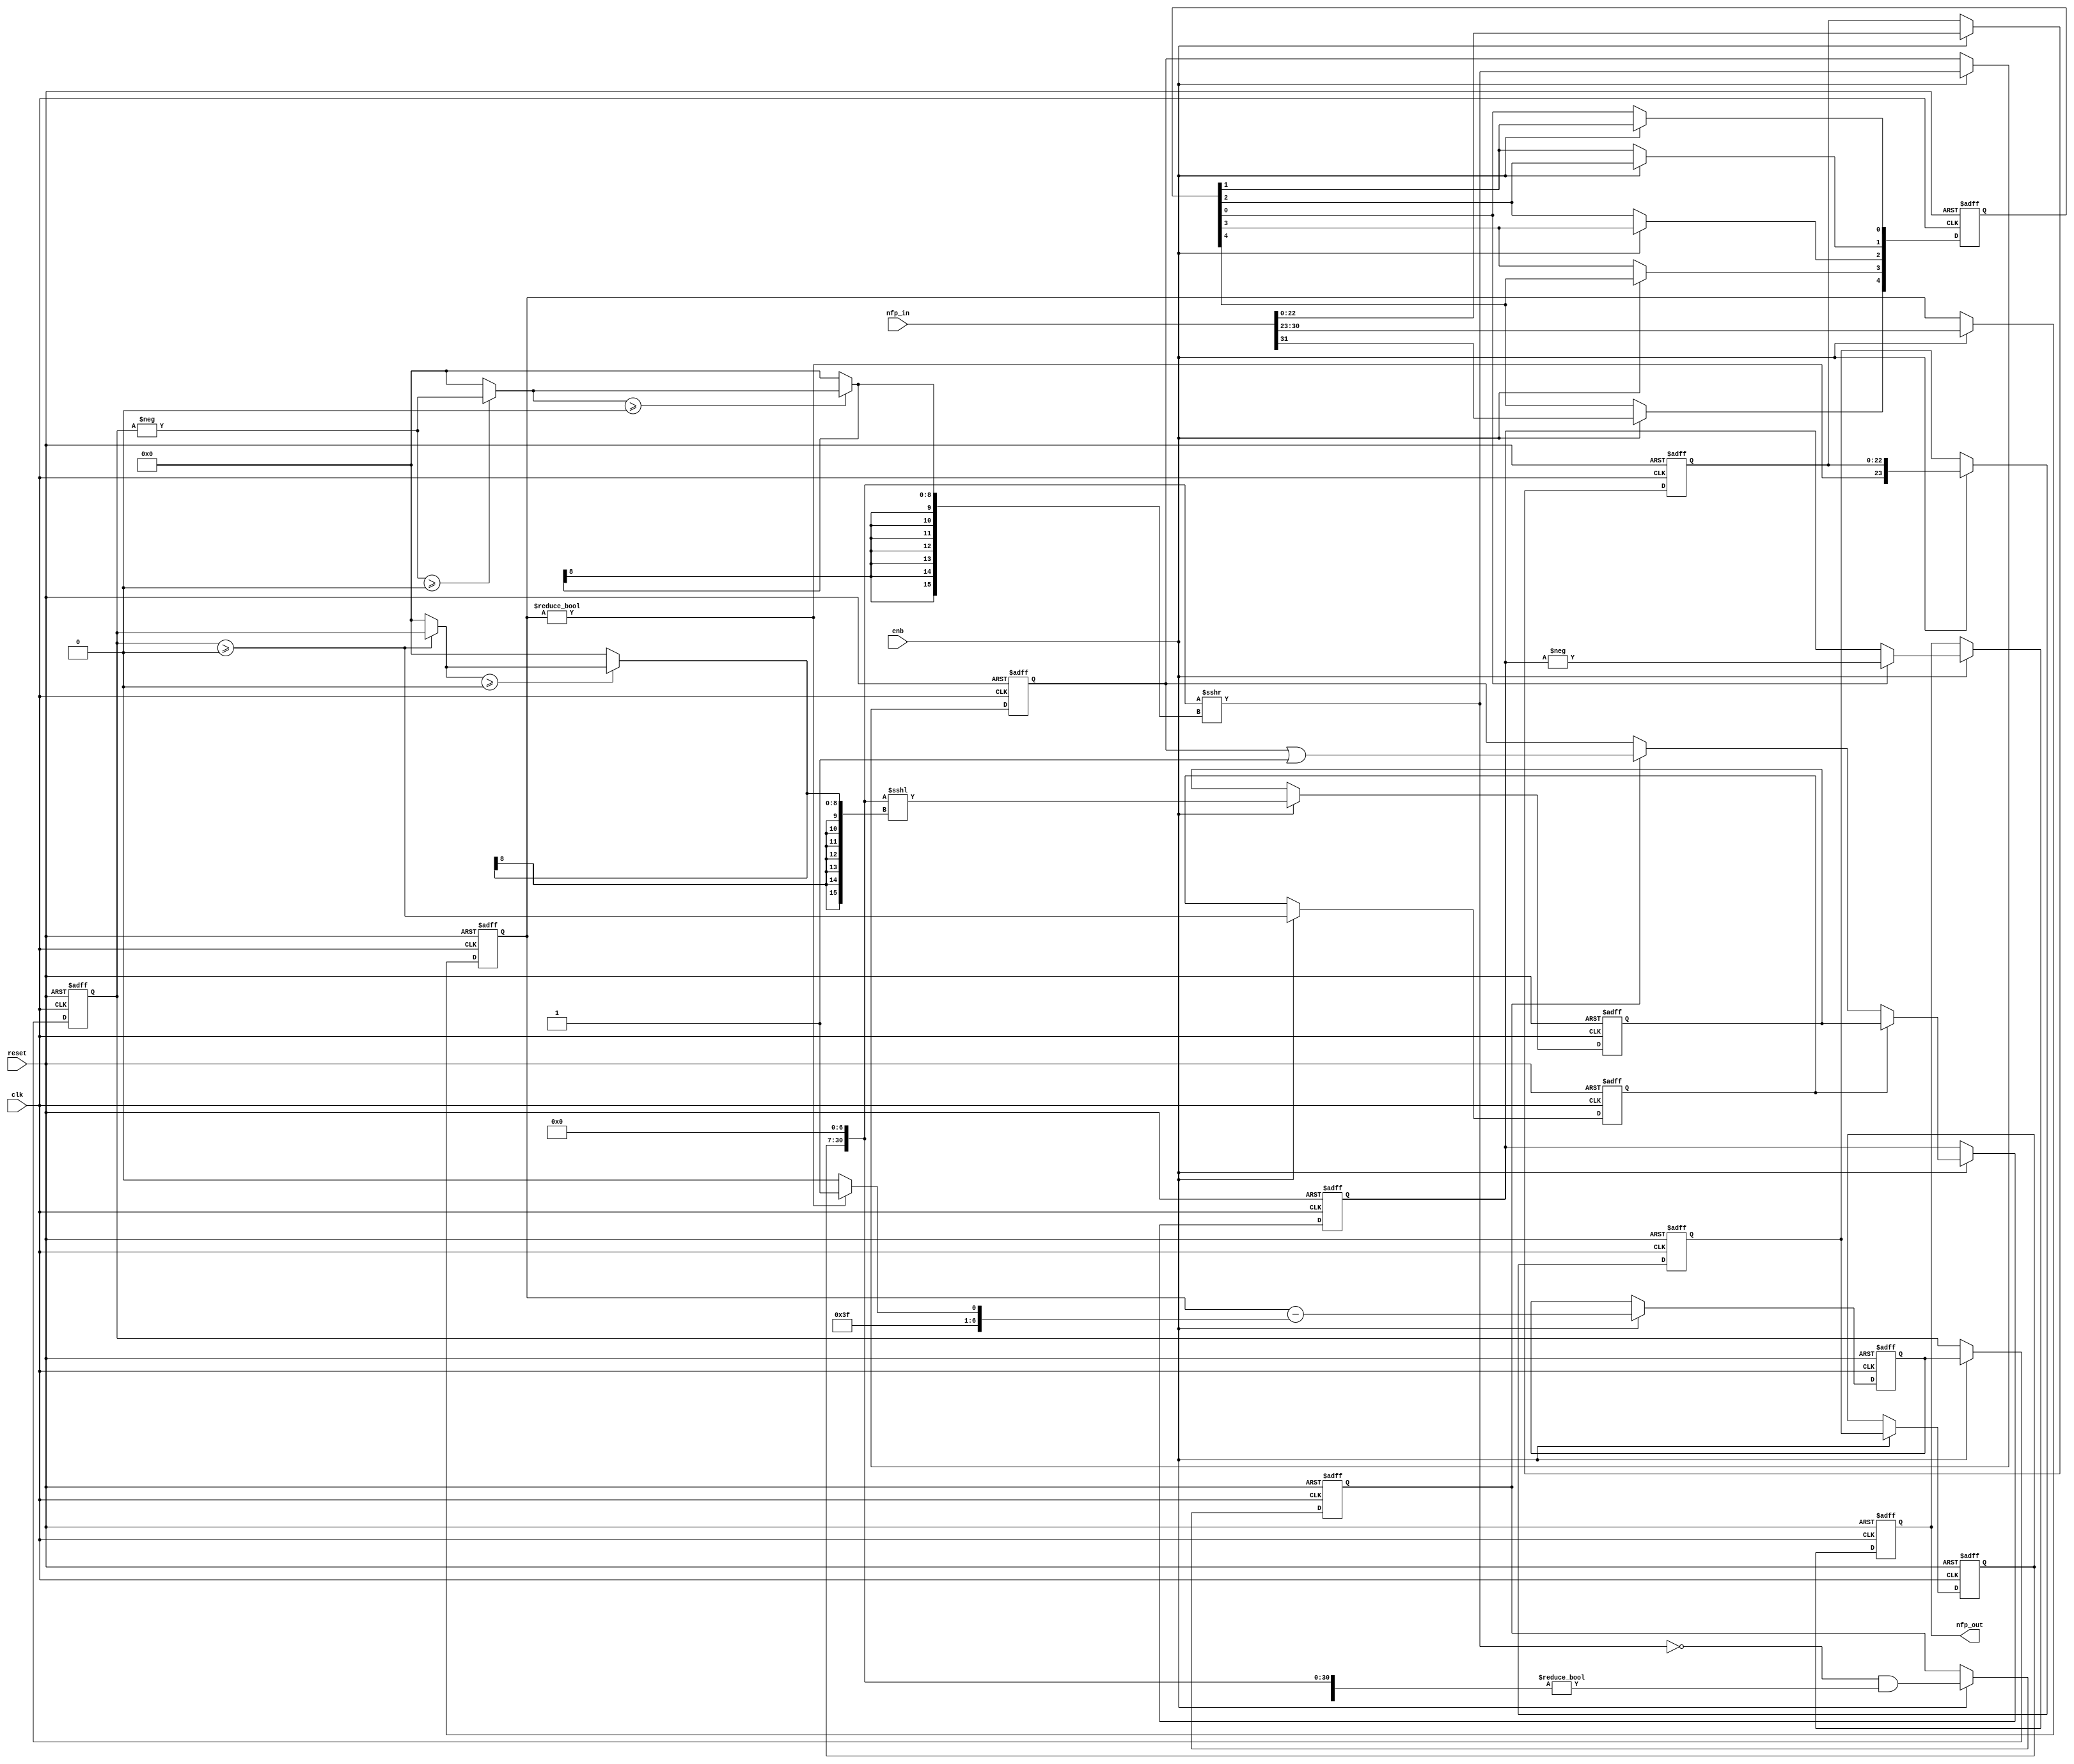
// -------------------------------------------------------------
// 
// 
// Generated by MATLAB 9.13 and HDL Coder 4.0
// 
// -------------------------------------------------------------


// -------------------------------------------------------------
// 
// Module: nfp_convert_single_to_fix_32_En30
// Source Path: BlobAnalysisHDL/BlobDetector/CCA_Algorithm/cca/accum_to_pos/nfp_convert_single_to_fix_32_En30
// Hierarchy Level: 4
// 
// {Latency Strategy = "Max"}
// 
// {Rounding Mode = Floor}
// {Overflow Mode = Wrap}
// 
// -------------------------------------------------------------

`timescale 1 ns / 1 ns

module nfp_convert_single_to_fix_32_En30
          (clk,
           reset,
           enb,
           nfp_in,
           nfp_out);


  input   clk;
  input   reset;
  input   enb;
  input   [31:0] nfp_in;  // ufix32
  output  [31:0] nfp_out;  // ufix32_En30


  wire In1;  // ufix1
  wire [7:0] In2;  // ufix8
  wire [22:0] In3;  // ufix23
  reg  [0:4] Delay10_reg;  // ufix1 [5]
  wire [0:4] Delay10_reg_next;  // ufix1 [5]
  wire Delay10_out1;
  reg [7:0] Delay3_out1;  // uint8
  wire Compare_To_Zero1_out1;
  wire [7:0] Constant3_out1;  // uint8
  wire [7:0] Constant2_out1;  // uint8
  wire [7:0] Switch2_out1;  // uint8
  wire signed [8:0] Add_1;  // sfix9
  wire signed [8:0] Add_2;  // sfix9
  wire signed [8:0] alphave;  // sfix9
  reg signed [8:0] Delay1_reg [0:1];  // sfix9 [2]
  wire signed [8:0] Delay1_reg_next [0:1];  // sfix9 [2]
  wire signed [8:0] Delay1_out1;  // sfix9
  wire equality;
  reg  Delay5_out1;
  wire Compare_To_Zero_out1;
  reg [22:0] Delay4_out1;  // ufix23
  wire [23:0] Bit_Concat_out1;  // ufix24
  wire [23:0] Data_Type_Conversion1_out1;  // ufix24_En23
  reg [23:0] Delay2_reg [0:1];  // ufix24 [2]
  wire [23:0] Delay2_reg_next [0:1];  // ufix24_En23 [2]
  wire [23:0] Delay2_out1;  // ufix24_En23
  wire [31:0] Data_Type_Conversion_out1;  // ufix32_En30
  wire signed [9:0] Unary_Minus_in0;  // sfix10
  wire signed [9:0] Unary_Minus_1;  // sfix10
  wire signed [8:0] alphave_1;  // sfix9
  wire signed [8:0] shift_arithmetic1_zerosig;  // sfix9
  wire signed [8:0] shift_arithmetic1_selsig;  // sfix9
  wire signed [8:0] dynamic_shift_zerosig;  // sfix9
  wire signed [8:0] dynamic_shift_selsig;  // sfix9
  wire signed [15:0] dynamic_shift_cast;  // int16
  wire [31:0] Shift_Arithmetic1_out1;  // ufix32_En30
  wire Compare_To_Zero1_out1_1;
  wire Compare_To_Zero_out1_1;
  wire Logical_Operator_out1;
  reg  Delay3_out1_1;
  reg [31:0] Delay4_out1_1;  // ufix32_En30
  wire [31:0] Bit_Set_out1;  // ufix32_En30
  wire [31:0] Switch2_out1_1;  // ufix32_En30
  wire signed [8:0] shift_arithmetic2_zerosig;  // sfix9
  wire signed [8:0] shift_arithmetic2_selsig;  // sfix9
  wire [31:0] Data_Type_Conversion1_out1_1;  // ufix32_En30
  wire signed [8:0] dynamic_shift_zerosig_1;  // sfix9
  wire signed [8:0] dynamic_shift_selsig_1;  // sfix9
  wire signed [15:0] dynamic_shift_cast_1;  // int16
  wire [31:0] Shift_Arithmetic2_out1;  // ufix32_En30
  reg [31:0] Delay6_out1;  // ufix32_En30
  wire [31:0] Switch1_out1;  // ufix32_En30
  reg [31:0] Delay9_out1;  // ufix32_En30
  wire signed [32:0] Data_Type_Conversion1_out1_2;  // sfix33_En30
  wire signed [33:0] Unary_Minus_cast;  // sfix34_En30
  wire signed [33:0] Unary_Minus_cast_1;  // sfix34_En30
  wire signed [32:0] Unary_Minus_out1;  // sfix33_En30
  wire signed [32:0] Switch1_out1_1;  // sfix33_En30
  wire [31:0] Data_Type_Conversion2_out1;  // ufix32_En30
  reg [31:0] Delay8_out1;  // ufix32_En30


  // Split 32 bit word into FP sign, exponent, mantissa
  assign In1 = nfp_in[31];
  assign In2 = nfp_in[30:23];
  assign In3 = nfp_in[22:0];



  always @(posedge clk or posedge reset)
    begin : Delay10_process
      if (reset == 1'b1) begin
        Delay10_reg[0] <= 1'b0;
        Delay10_reg[1] <= 1'b0;
        Delay10_reg[2] <= 1'b0;
        Delay10_reg[3] <= 1'b0;
        Delay10_reg[4] <= 1'b0;
      end
      else begin
        if (enb) begin
          Delay10_reg[0] <= Delay10_reg_next[0];
          Delay10_reg[1] <= Delay10_reg_next[1];
          Delay10_reg[2] <= Delay10_reg_next[2];
          Delay10_reg[3] <= Delay10_reg_next[3];
          Delay10_reg[4] <= Delay10_reg_next[4];
        end
      end
    end

  assign Delay10_out1 = Delay10_reg[4];
  assign Delay10_reg_next[0] = In1;
  assign Delay10_reg_next[1] = Delay10_reg[0];
  assign Delay10_reg_next[2] = Delay10_reg[1];
  assign Delay10_reg_next[3] = Delay10_reg[2];
  assign Delay10_reg_next[4] = Delay10_reg[3];



  always @(posedge clk or posedge reset)
    begin : Delay3_process
      if (reset == 1'b1) begin
        Delay3_out1 <= 8'b00000000;
      end
      else begin
        if (enb) begin
          Delay3_out1 <= In2;
        end
      end
    end



  assign Compare_To_Zero1_out1 = Delay3_out1 != 8'b00000000;



  assign Constant3_out1 = 8'b01111110;



  assign Constant2_out1 = 8'b01111111;



  assign Switch2_out1 = (Compare_To_Zero1_out1 == 1'b0 ? Constant3_out1 :
              Constant2_out1);



  assign Add_1 = {1'b0, Delay3_out1};
  assign Add_2 = {1'b0, Switch2_out1};
  assign alphave = Add_1 - Add_2;



  always @(posedge clk or posedge reset)
    begin : Delay1_process
      if (reset == 1'b1) begin
        Delay1_reg[0] <= 9'sb000000000;
        Delay1_reg[1] <= 9'sb000000000;
      end
      else begin
        if (enb) begin
          Delay1_reg[0] <= Delay1_reg_next[0];
          Delay1_reg[1] <= Delay1_reg_next[1];
        end
      end
    end

  assign Delay1_out1 = Delay1_reg[1];
  assign Delay1_reg_next[0] = alphave;
  assign Delay1_reg_next[1] = Delay1_reg[0];



  assign equality = Delay1_out1 >= 9'sb000000000;



  always @(posedge clk or posedge reset)
    begin : Delay5_process
      if (reset == 1'b1) begin
        Delay5_out1 <= 1'b0;
      end
      else begin
        if (enb) begin
          Delay5_out1 <= equality;
        end
      end
    end



  assign Compare_To_Zero_out1 = Delay3_out1 != 8'b00000000;



  always @(posedge clk or posedge reset)
    begin : Delay4_process
      if (reset == 1'b1) begin
        Delay4_out1 <= 23'b00000000000000000000000;
      end
      else begin
        if (enb) begin
          Delay4_out1 <= In3;
        end
      end
    end



  assign Bit_Concat_out1 = {Compare_To_Zero_out1, Delay4_out1};



  assign Data_Type_Conversion1_out1 = Bit_Concat_out1;



  always @(posedge clk or posedge reset)
    begin : Delay2_process
      if (reset == 1'b1) begin
        Delay2_reg[0] <= 24'b000000000000000000000000;
        Delay2_reg[1] <= 24'b000000000000000000000000;
      end
      else begin
        if (enb) begin
          Delay2_reg[0] <= Delay2_reg_next[0];
          Delay2_reg[1] <= Delay2_reg_next[1];
        end
      end
    end

  assign Delay2_out1 = Delay2_reg[1];
  assign Delay2_reg_next[0] = Data_Type_Conversion1_out1;
  assign Delay2_reg_next[1] = Delay2_reg[0];



  assign Data_Type_Conversion_out1 = {1'b0, {Delay2_out1, 7'b0000000}};



  assign Unary_Minus_1 = {Delay1_out1[8], Delay1_out1};
  assign Unary_Minus_in0 =  - (Unary_Minus_1);
  assign alphave_1 = Unary_Minus_in0[8:0];



  assign shift_arithmetic1_zerosig = 9'sb000000000;



  assign shift_arithmetic1_selsig = (alphave_1 >= shift_arithmetic1_zerosig ? alphave_1 :
              shift_arithmetic1_zerosig);



  assign dynamic_shift_zerosig = 9'sb000000000;



  assign dynamic_shift_selsig = (shift_arithmetic1_selsig >= dynamic_shift_zerosig ? shift_arithmetic1_selsig :
              dynamic_shift_zerosig);



  assign dynamic_shift_cast = {{7{dynamic_shift_selsig[8]}}, dynamic_shift_selsig};
  assign Shift_Arithmetic1_out1 = Data_Type_Conversion_out1 >>> dynamic_shift_cast;



  assign Compare_To_Zero1_out1_1 = Shift_Arithmetic1_out1 == 32'b00000000000000000000000000000000;



  assign Compare_To_Zero_out1_1 = Data_Type_Conversion_out1 != 32'b00000000000000000000000000000000;



  assign Logical_Operator_out1 = Compare_To_Zero1_out1_1 & Compare_To_Zero_out1_1;



  always @(posedge clk or posedge reset)
    begin : Delay3_1_process
      if (reset == 1'b1) begin
        Delay3_out1_1 <= 1'b0;
      end
      else begin
        if (enb) begin
          Delay3_out1_1 <= Logical_Operator_out1;
        end
      end
    end



  always @(posedge clk or posedge reset)
    begin : Delay4_1_process
      if (reset == 1'b1) begin
        Delay4_out1_1 <= 32'b00000000000000000000000000000000;
      end
      else begin
        if (enb) begin
          Delay4_out1_1 <= Shift_Arithmetic1_out1;
        end
      end
    end



  assign Bit_Set_out1 = Delay4_out1_1 | 32'b00000000000000000000000000000001;



  assign Switch2_out1_1 = (Delay3_out1_1 == 1'b0 ? Delay4_out1_1 :
              Bit_Set_out1);



  assign shift_arithmetic2_zerosig = 9'sb000000000;



  assign shift_arithmetic2_selsig = (Delay1_out1 >= shift_arithmetic2_zerosig ? Delay1_out1 :
              shift_arithmetic2_zerosig);



  assign Data_Type_Conversion1_out1_1 = {1'b0, {Delay2_out1, 7'b0000000}};



  assign dynamic_shift_zerosig_1 = 9'sb000000000;



  assign dynamic_shift_selsig_1 = (shift_arithmetic2_selsig >= dynamic_shift_zerosig_1 ? shift_arithmetic2_selsig :
              dynamic_shift_zerosig_1);



  assign dynamic_shift_cast_1 = {{7{dynamic_shift_selsig_1[8]}}, dynamic_shift_selsig_1};
  assign Shift_Arithmetic2_out1 = Data_Type_Conversion1_out1_1 <<< dynamic_shift_cast_1;



  always @(posedge clk or posedge reset)
    begin : Delay6_process
      if (reset == 1'b1) begin
        Delay6_out1 <= 32'b00000000000000000000000000000000;
      end
      else begin
        if (enb) begin
          Delay6_out1 <= Shift_Arithmetic2_out1;
        end
      end
    end



  assign Switch1_out1 = (Delay5_out1 == 1'b0 ? Switch2_out1_1 :
              Delay6_out1);



  always @(posedge clk or posedge reset)
    begin : Delay9_process
      if (reset == 1'b1) begin
        Delay9_out1 <= 32'b00000000000000000000000000000000;
      end
      else begin
        if (enb) begin
          Delay9_out1 <= Switch1_out1;
        end
      end
    end



  assign Data_Type_Conversion1_out1_2 = {1'b0, Delay9_out1};



  assign Unary_Minus_cast = {Data_Type_Conversion1_out1_2[32], Data_Type_Conversion1_out1_2};
  assign Unary_Minus_cast_1 =  - (Unary_Minus_cast);
  assign Unary_Minus_out1 = Unary_Minus_cast_1[32:0];



  assign Switch1_out1_1 = (Delay10_out1 == 1'b0 ? Data_Type_Conversion1_out1_2 :
              Unary_Minus_out1);



  assign Data_Type_Conversion2_out1 = Switch1_out1_1[31:0];



  always @(posedge clk or posedge reset)
    begin : Delay8_process
      if (reset == 1'b1) begin
        Delay8_out1 <= 32'b00000000000000000000000000000000;
      end
      else begin
        if (enb) begin
          Delay8_out1 <= Data_Type_Conversion2_out1;
        end
      end
    end



  assign nfp_out = Delay8_out1;

endmodule  // nfp_convert_single_to_fix_32_En30